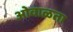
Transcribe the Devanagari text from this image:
ओवाळता